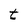
Character: t